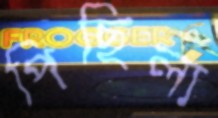
পিছিলা